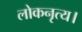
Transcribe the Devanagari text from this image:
लोकनृत्य।